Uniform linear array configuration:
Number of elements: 48
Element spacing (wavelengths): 0.5
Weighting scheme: cosine
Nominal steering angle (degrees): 15
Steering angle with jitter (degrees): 15.761
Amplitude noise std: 0.05
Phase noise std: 0.05

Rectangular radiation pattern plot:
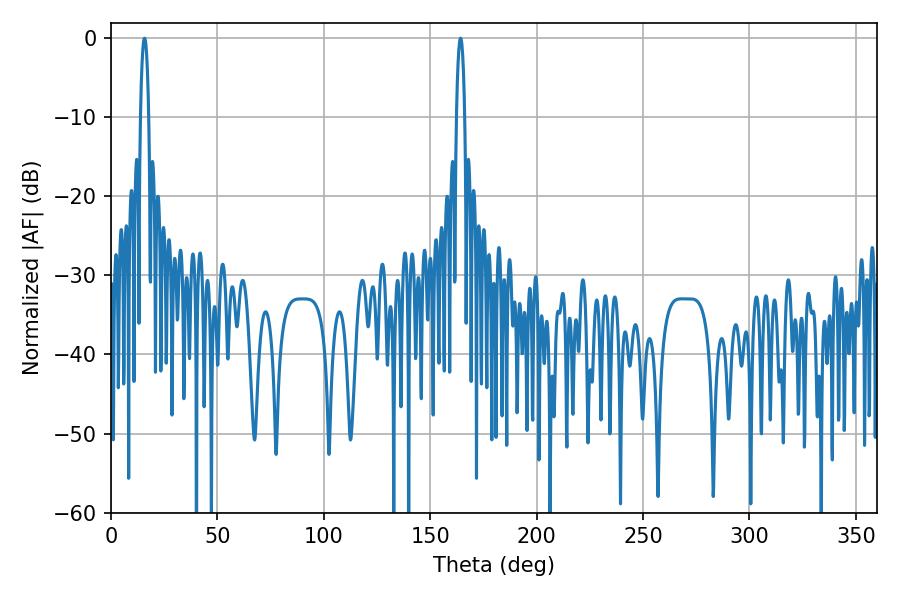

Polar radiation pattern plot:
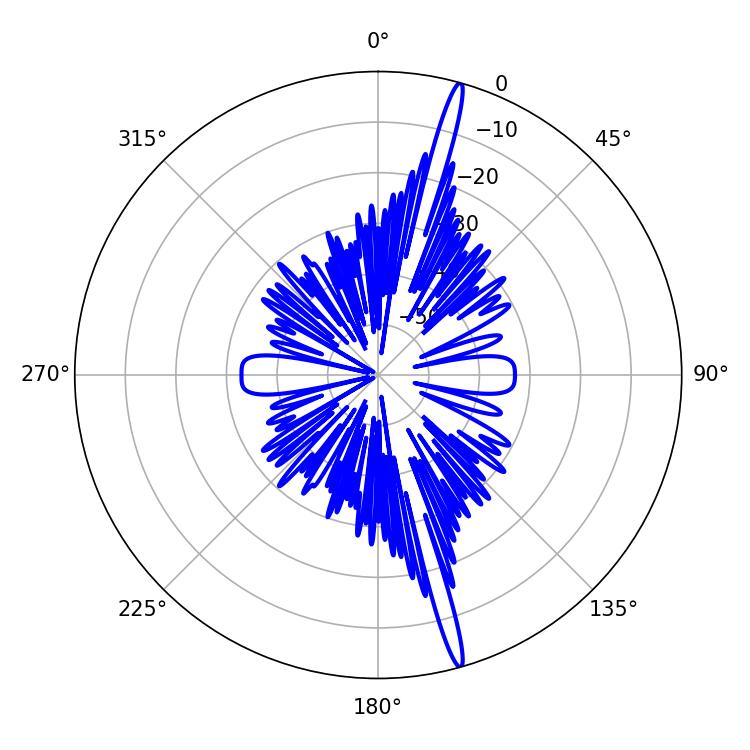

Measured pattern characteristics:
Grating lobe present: FALSE
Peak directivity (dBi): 19.23
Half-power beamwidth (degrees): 1.98
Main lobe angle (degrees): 15.66